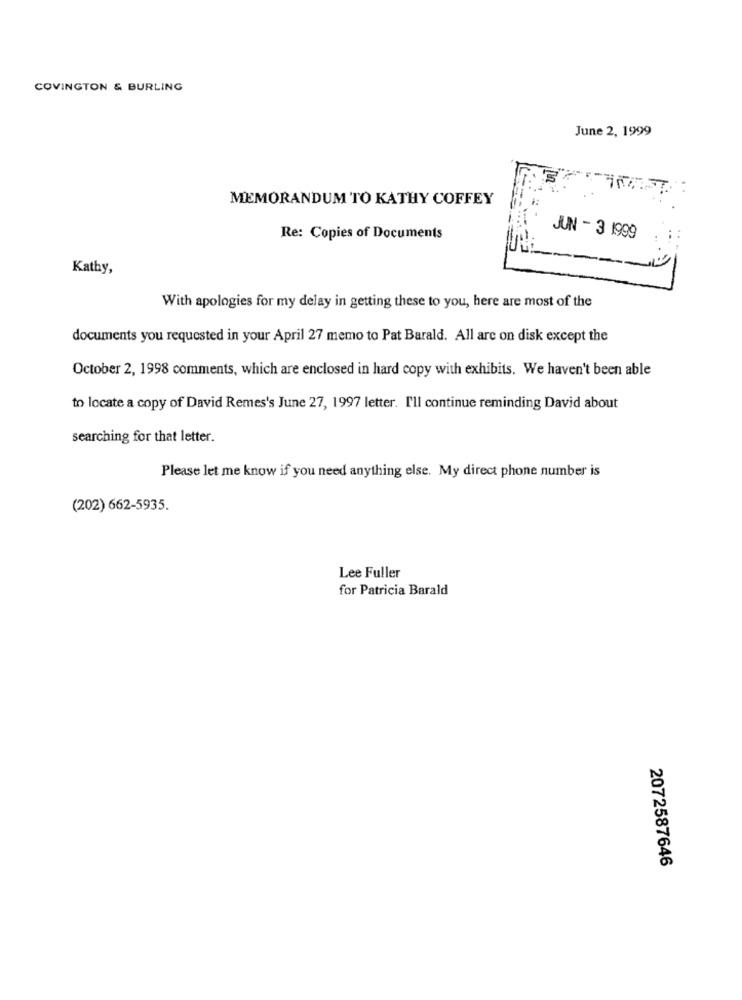
COVINGTON & BURLING
June 2, 1999
MEMORANDUM TO KATHY COFFEY
Re: Copies of Documents
JUN - 3 1999
Kathy,
With apologies for my delay in getting these to you, here are most of the
documents you requested in your April 27 memo to Pat Barald. All are on disk except the
October 2, 1998 comments, which are enclosed in hard copy with exhibits. We haven't been able
to locate a copy of David Remes's June 27, 1997 letter. I'll continue reminding David about
searching for that letter.
Please let me know if you need anything else. My direct phone number is
(202) 662-5935.
Lee Fuller
for Patricia Barald
2072587646